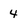
Character: 4